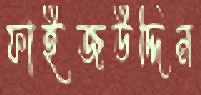
ফাইজউদ্দিন